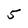
Character: 5